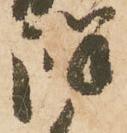
詳